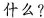
什么？